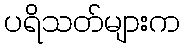
ပရိသတ်များက